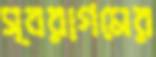
স্বরাগমের